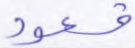
قعود